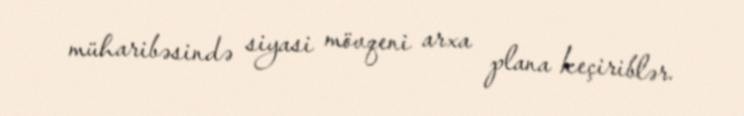
müharibəsində siyasi mövqeni arxa plana keçiriblər.